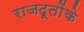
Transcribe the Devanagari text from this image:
राजदूतोंके